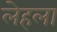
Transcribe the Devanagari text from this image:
लेहला